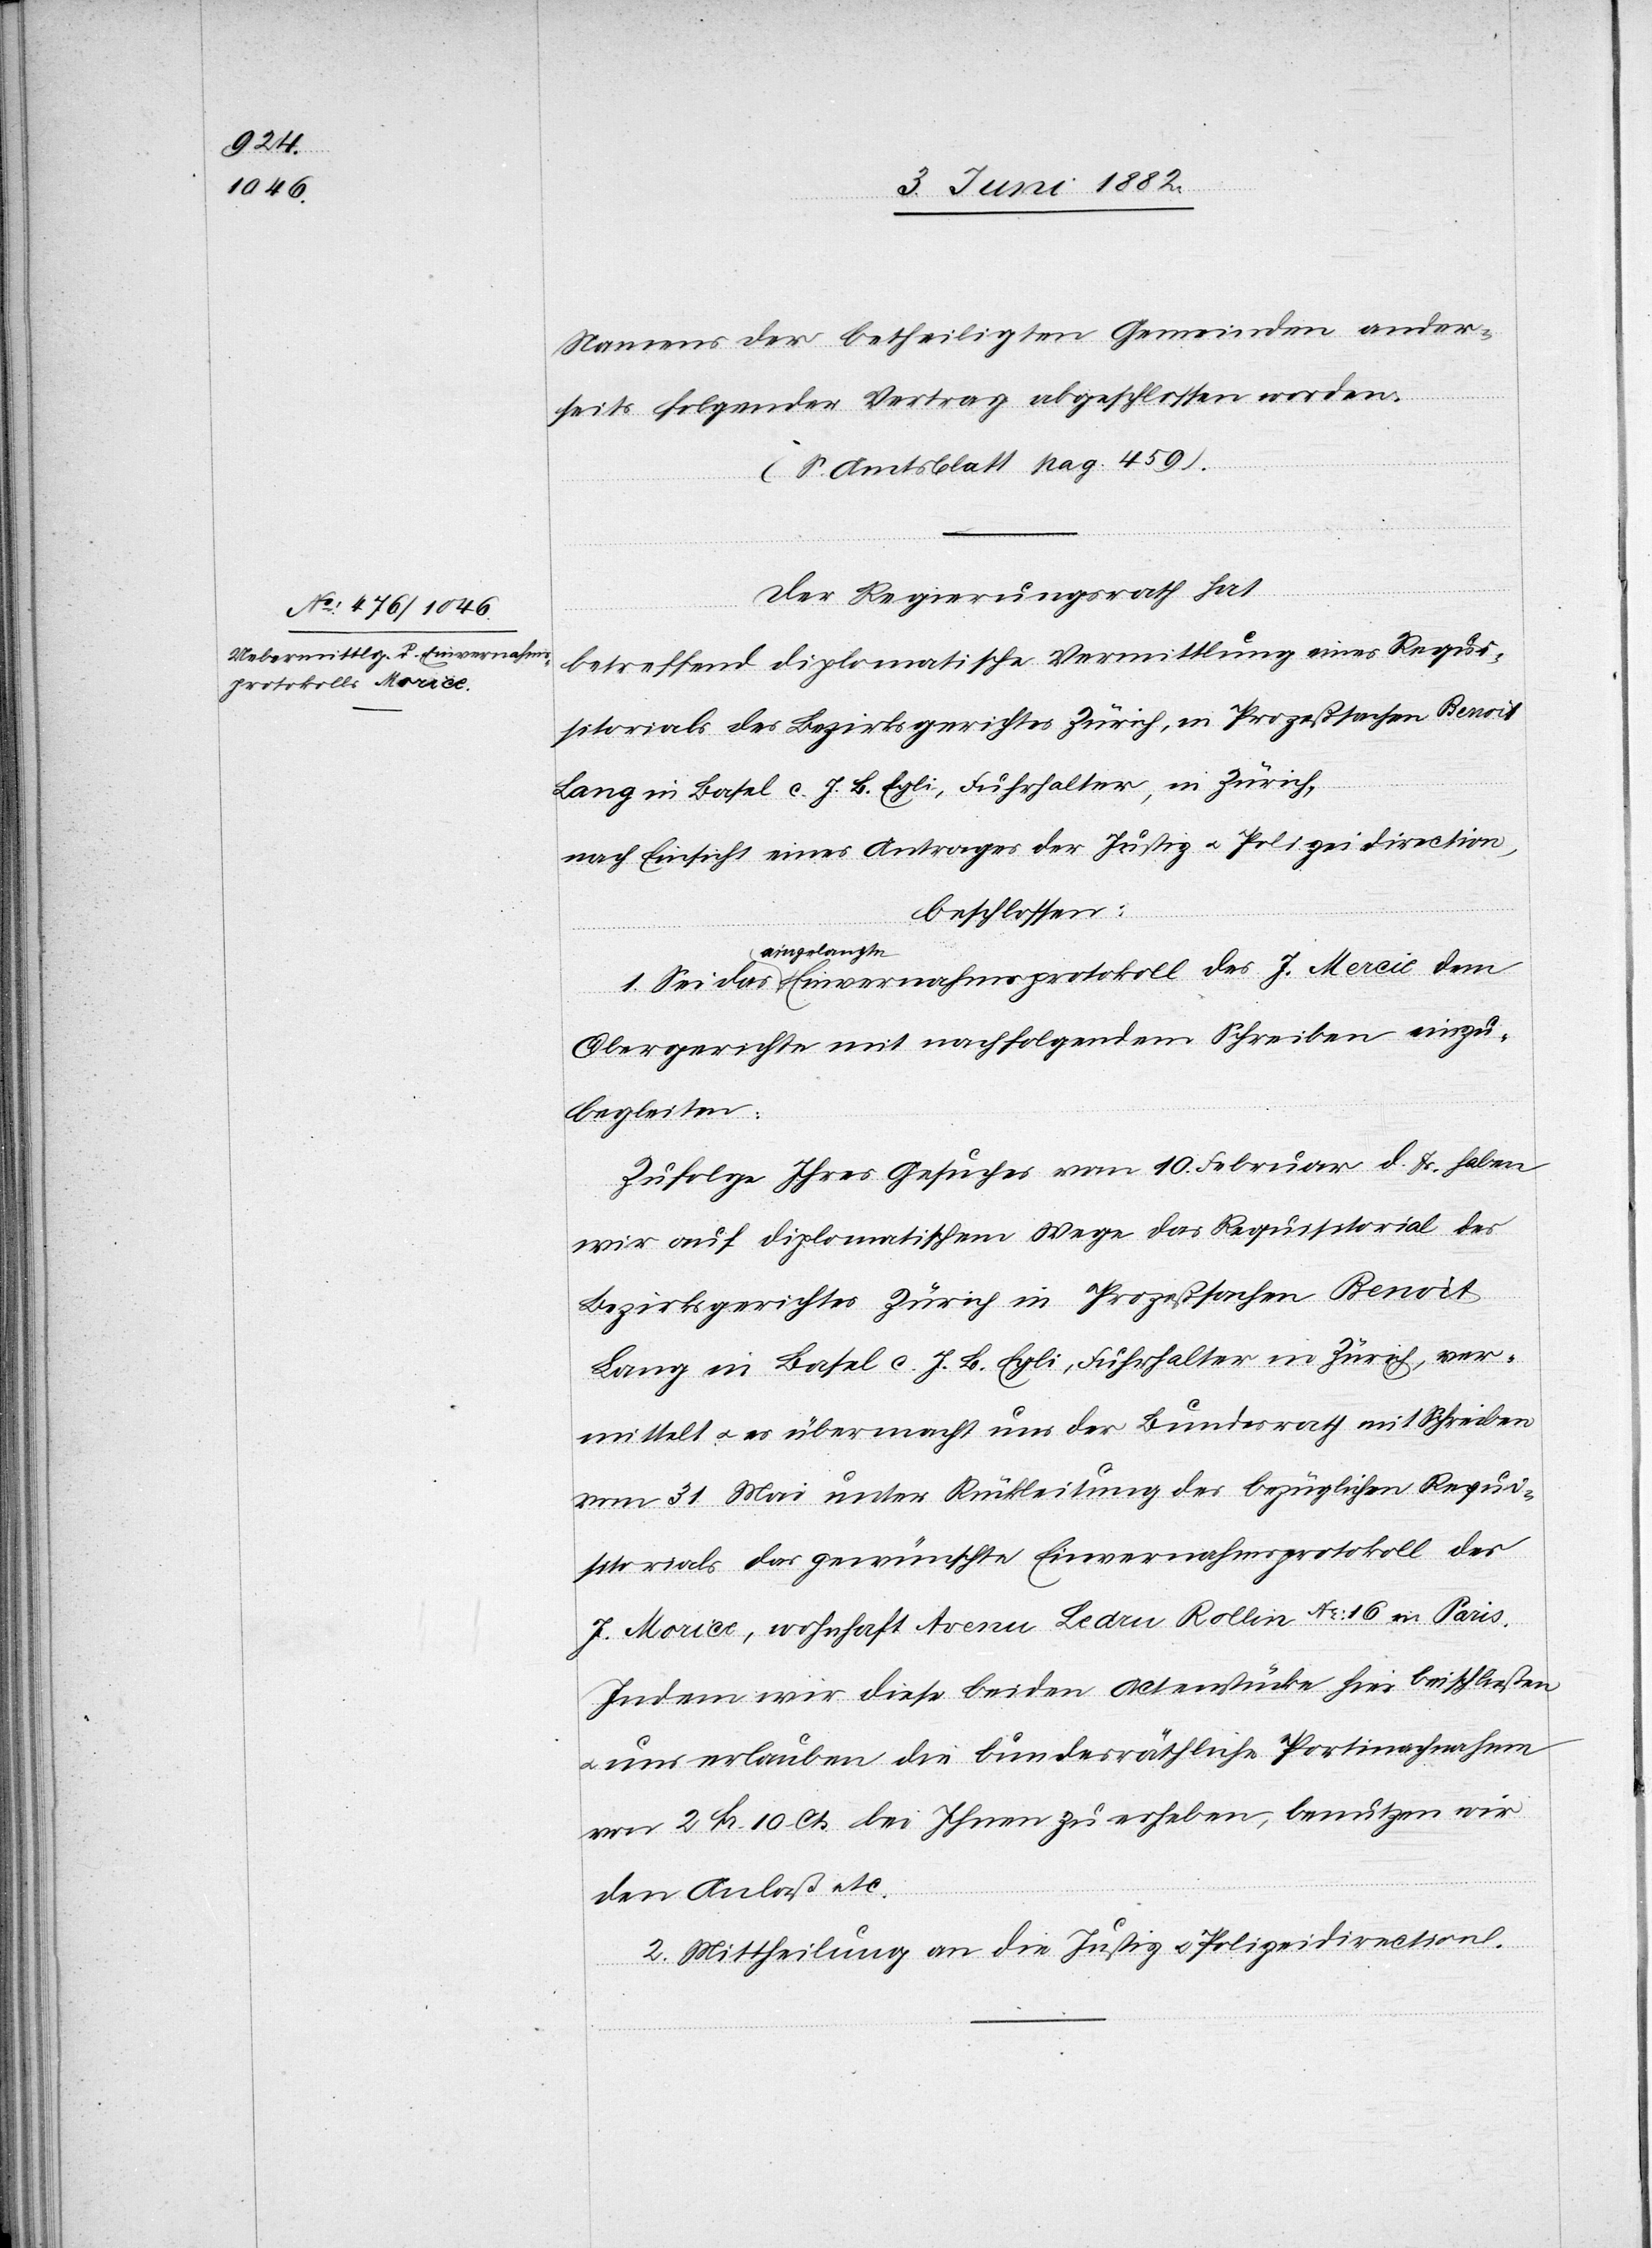
Namens der betheiligten Gemeinden ander¬
seits folgender Vertrag abgeschlossen worden.
(S. Amtsblatt pag. 459).
Der Regierungsrath hat
betreffend diplomatische Vermittlung eines Requi¬
sitorials des Bezirksgerichtes Zürich, in Prozeßsachen Benoi¬
t[-]Lang in Basel c. J. B. Egli, Fuhrhalter, in Zürich,
nach Einsicht eines Antrages der Justiz- u. Polizeidirection,
beschlossen:
eingelangte
Obergerichte mit nachfolgendem Schreiben einzu¬
begleiten:
Zufolge Ihres Gesuches vom 10. Februar d. Js. haben
wir auf diplomatischem Wege das Requisitorial des
Bezirksgerichtes Zürich in Prozeßsachen Benoit[-]L¬
ang in Basel c. J. B. Egli, Fuhrhalter in Zürich, ver¬
mittelt u. es übermacht uns der Bundesrath mit Schreiben
vom 31. Mai unter Rückleitung des bezüglichen Requi¬
sitorials das gewünschte Einvernahmsprotokoll des
J. Morice, wohnhaft Avenu Bedru Rollin No 16 in Paris.
Indem wir diese beiden Actenstücke hier beischließen
u. uns erlauben die bundesräthliche Portinachnahme
von 2 Fr. 10 Cts. bei Ihnen zu erheben, benutzen wir
den Anlaß etc.
2. Mittheilung an die Justiz- u. Polizeidirection.